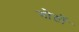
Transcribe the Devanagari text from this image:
गोठों